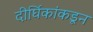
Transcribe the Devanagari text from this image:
दीर्घिकांकडून